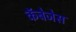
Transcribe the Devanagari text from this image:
कॅबेजेस